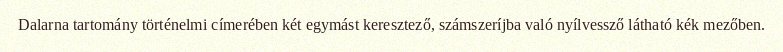
Dalarna tartomány történelmi címerében két egymást keresztező, számszeríjba való nyílvessző látható kék mezőben.